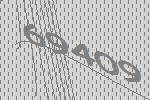
69409